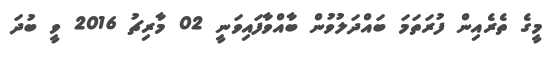
މީގެ ތެރެއިން ފުރަތަމަ ބައްދަލުވުން ބާއްވާފައިވަނީ 02 މާރިޗު 2016 ވީ ބުދަ